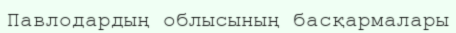
Павлодардың облысының басқармалары